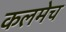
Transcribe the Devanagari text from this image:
कलमेच